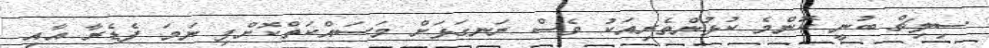
ސިލިޗް ބުނީ ކޮންމެ ކުޅުންތެރިއަކު ވެސް ރަނގަޅަށް މަސައްކަތްކޮށްފި ނަމަ ފެޑެރާ އާއި